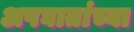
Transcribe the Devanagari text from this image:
अपघातांच्या